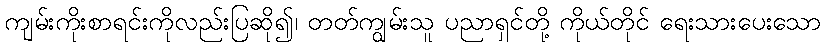
ကျမ်းကိုးစာရင်းကိုလည်းပြဆို၍၊ တတ်ကျွမ်းသူ ပညာရှင်တို့ ကိုယ်တိုင် ရေးသားပေးသော